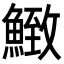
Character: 𩹈